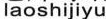
laoshijiyu